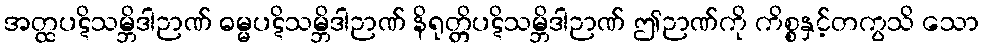
အတ္ထပဋိသမ္ဘိဒါဉာဏ် ဓမ္မပဋိသမ္ဘိဒါဉာဏ် နိရုတ္တိပဋိသမ္ဘိဒါဉာဏ် ဤဉာဏ်ကို ကိစ္စနှင့်တကွသိ သော